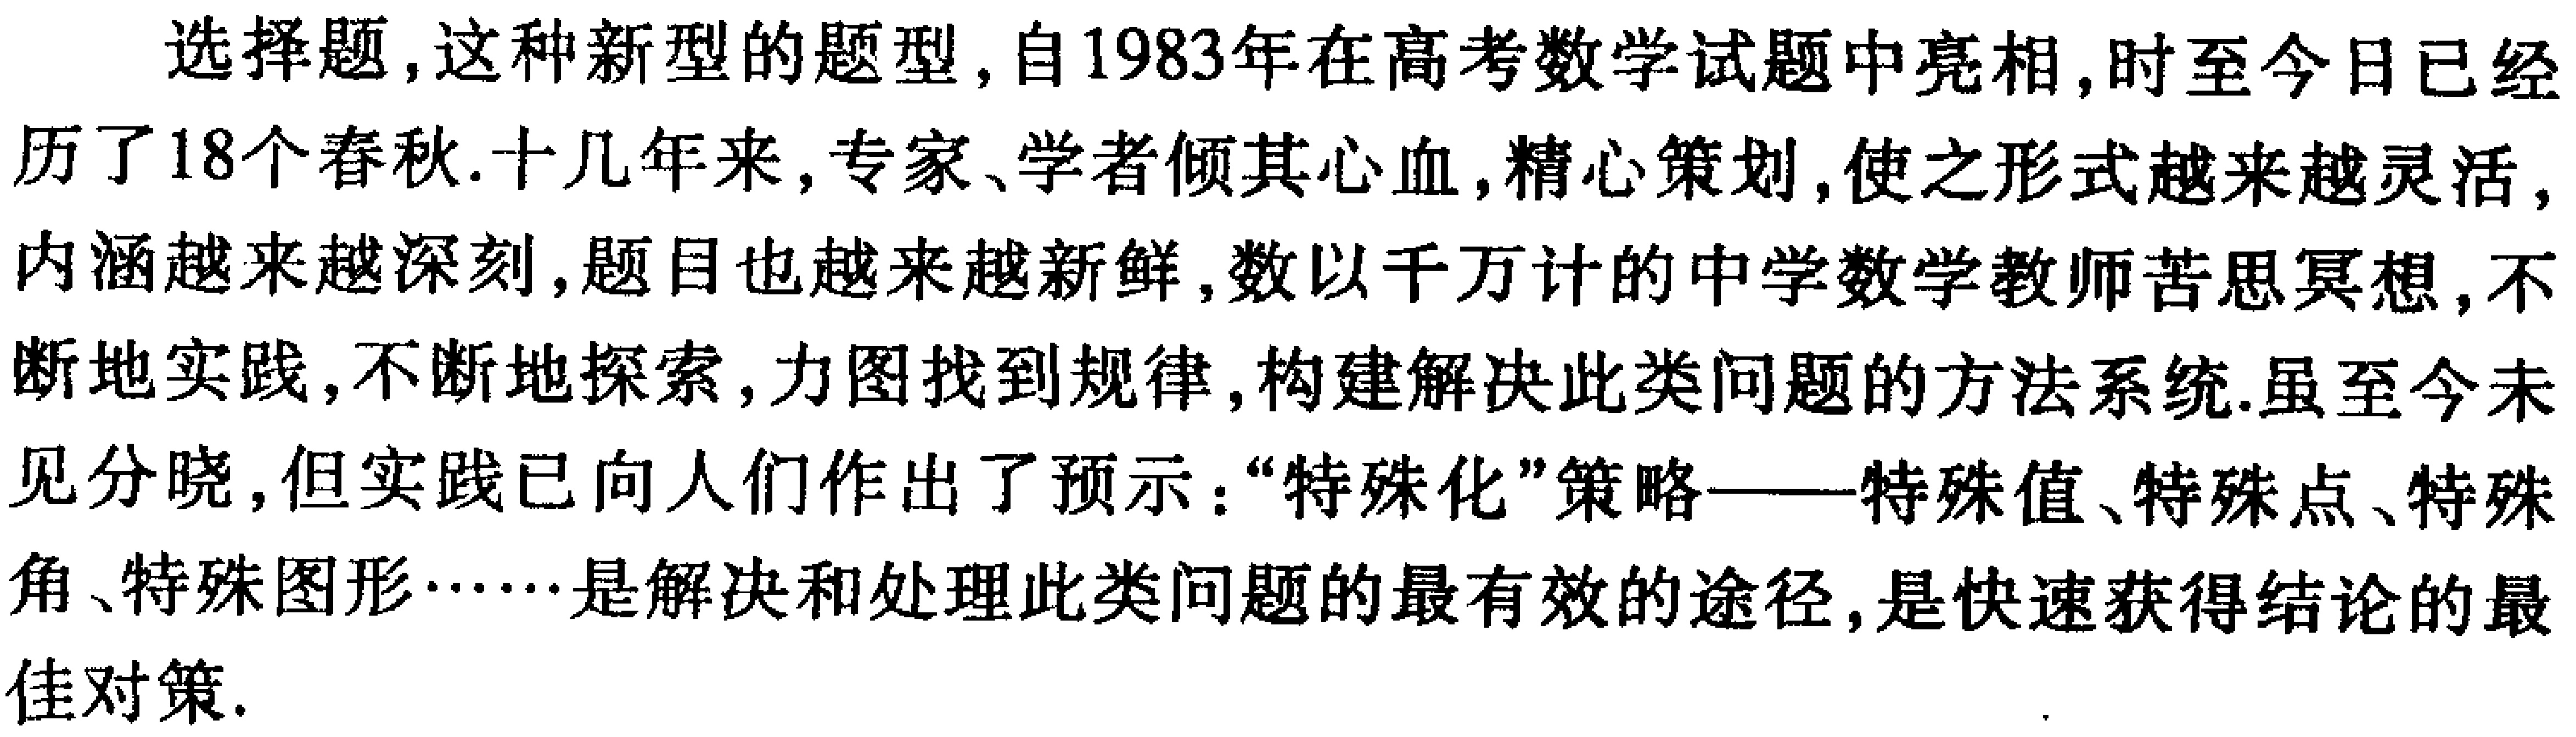
选择题,这种新型的题型,自1983年在高考数学试题中亮相,时至今日已经历了18个春秋.十几年来,专家、学者倾其心血,精心策划,使之形式越来越灵活,内涵越来越深刻,题目也越来越新鲜,数以千万计的中学数学教师苦思冥想,不断地实践,不断地探索,力图找到规律,构建解决此类问题的方法系统.虽至今未见分晓,但实践已向人们作出了预示：“特殊化”策略——特殊值、特殊点、特殊角、特殊图形……是解决和处理此类问题的最有效的途径,是快速获得结论的最佳对策.